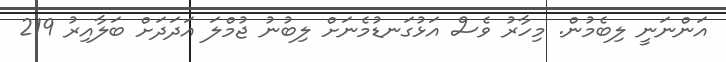
އަންނަނީ ލިބެމުން. މިހާރު ވެސް އަޅުގަނޑުމެނަށް ލިބުނު ޖުމްލަ އަދަދަށް ބަލާއިރު 219